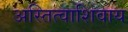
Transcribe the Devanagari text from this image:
अस्तित्वाशिवाय